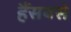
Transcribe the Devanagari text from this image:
हैंसबसे